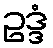
ဥဒ္ဒံ